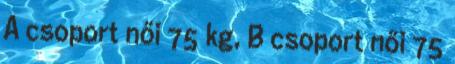
A csoport női 75 kg, B csoport női 75